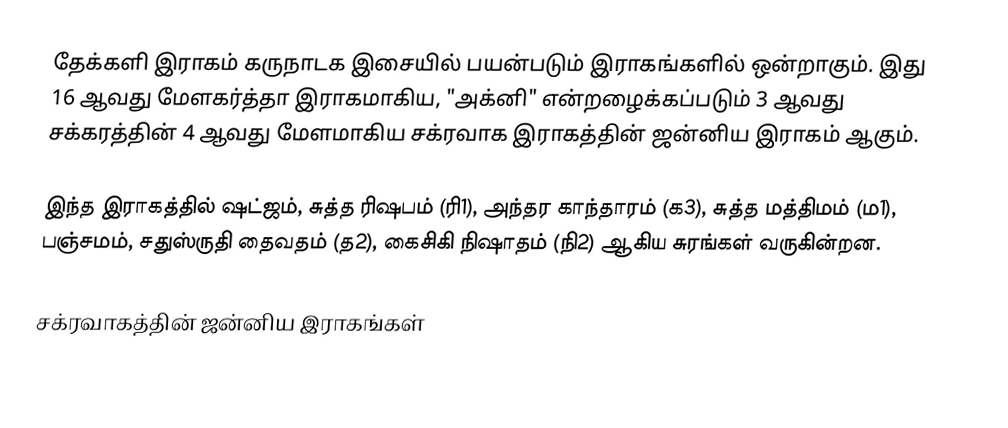
தேக்களி இராகம் கருநாடக இசையில் பயன்படும் இராகங்களில் ஒன்றாகும். இது 16 ஆவது மேளகர்த்தா இராகமாகிய, "அக்னி" என்றழைக்கப்படும் 3 ஆவது சக்கரத்தின் 4 ஆவது மேளமாகிய சக்ரவாக இராகத்தின் ஜன்னிய இராகம் ஆகும்.

இந்த இராகத்தில் ஷட்ஜம், சுத்த ரிஷபம் (ரி1),  அந்தர காந்தாரம் (க3), சுத்த மத்திமம் (ம1), பஞ்சமம்,  சதுஸ்ருதி தைவதம் (த2), கைசிகி நிஷாதம்  (நி2) ஆகிய சுரங்கள் வருகின்றன.

சக்ரவாகத்தின் ஜன்னிய இராகங்கள்